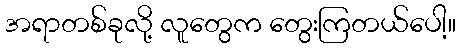
အရာတစ်ခုလို့ လူတွေက တွေးကြတယ်ပေါ့။